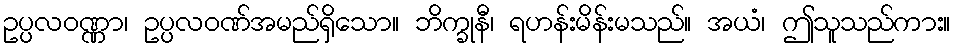
ဥပ္ပလဝဏ္ဏာ၊ ဥပ္ပလဝဏ်အမည်ရှိသော။ ဘိက္ခုနီ၊ ရဟန်းမိန်းမသည်။ အယံ၊ ဤသူသည်ကား။